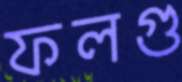
ফলগু